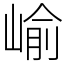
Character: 崳